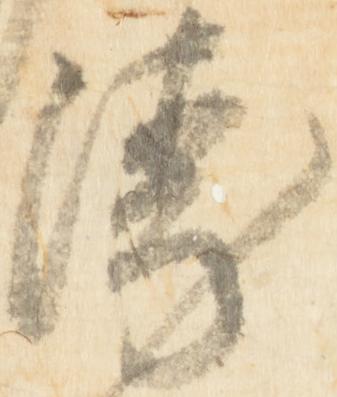
衛